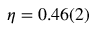
\eta = 0 . 4 6 ( 2 )